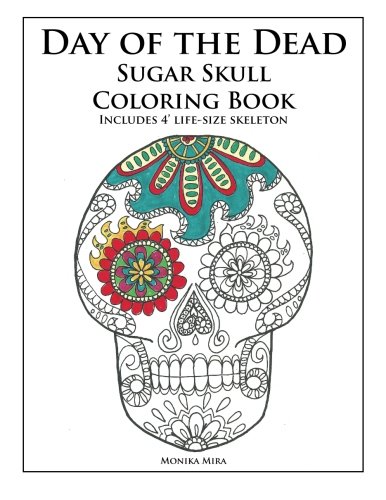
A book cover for Day of the Dead Sugar Skull Coloring Book; Monika Mira; Humor & Entertainment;